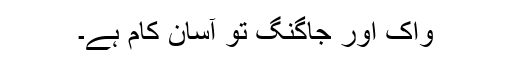
واک اور جاگنگ تو آسان کام ہے۔